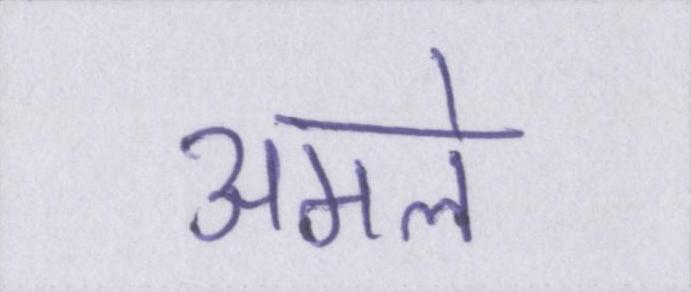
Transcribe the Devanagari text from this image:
अमले